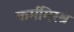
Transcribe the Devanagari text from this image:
कर्ममिरश्र